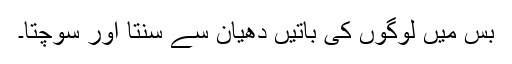
بس میں لوگوں کی باتیں دھیان سے سنتا اور سوچتا۔